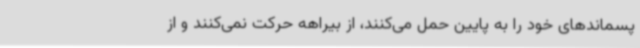
پسماندهای خود را به پایین حمل می‌کنند، از بیراهه حرکت نمی‌کنند و از